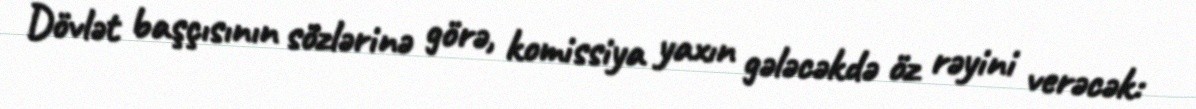
Dövlət başçısının sözlərinə görə, komissiya yaxın gələcəkdə öz rəyini verəcək: